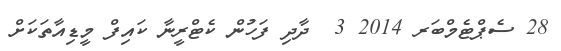
28 ސެޕްޓެމްބަރ 2014 3  ދާދި ފަހުން ކެޓްރީނާ ކައިފް މީޑިއާތަކަށް